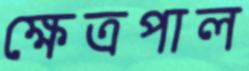
ক্ষেত্রপাল